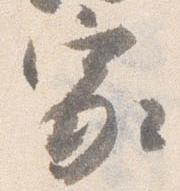
家